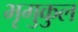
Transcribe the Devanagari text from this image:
भृगुकुल